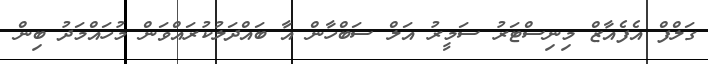
ގަލްފް އެފެއާޒް މިނިސްޓަރު ސަމީރު އަލް ސަބްހާން އާ ބައްދަލުކުރައްވަން މުހައްމަދު ބިން